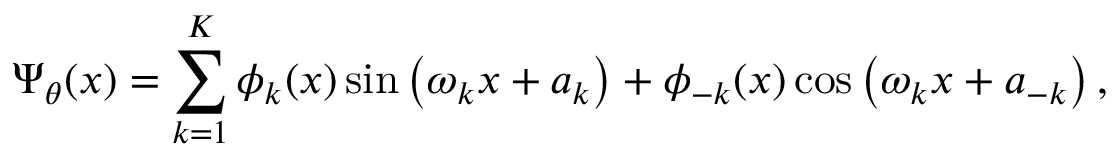
\Psi _ { \theta } ( x ) = \sum _ { k = 1 } ^ { K } \phi _ { k } ( x ) \sin \left( \omega _ { k } x + a _ { k } \right) + \phi _ { - k } ( x ) \cos \left( \omega _ { k } x + a _ { - k } \right) ,